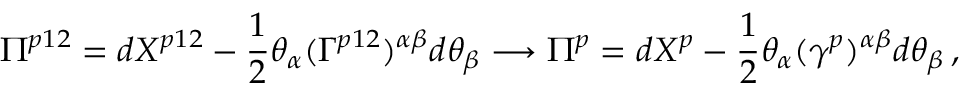
\Pi ^ { p 1 2 } = d X ^ { p 1 2 } - \frac { 1 } { 2 } \theta _ { \alpha } ( \Gamma ^ { p 1 2 } ) ^ { \alpha \beta } d \theta _ { \beta } \longrightarrow \Pi ^ { p } = d X ^ { p } - \frac { 1 } { 2 } \theta _ { \alpha } ( \gamma ^ { p } ) ^ { \alpha \beta } d \theta _ { \beta } \, ,